Civil Veterinary Dept. North-West Frontier Province 1933-46 - 1933-1946
Year: 1933
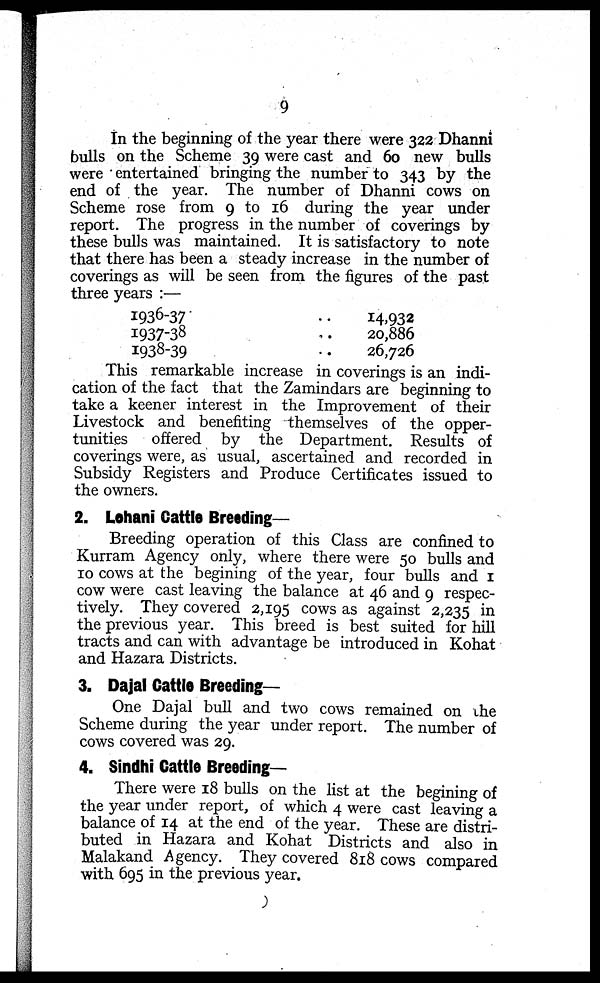
9
In the beginning of the year there were 322 Dhanni
bulls on the Scheme 39 were cast and 60 new bulls
were entertained bringing the number to 343 by the
end of the year. The number of Dhanni cows on
Scheme rose from 9 to 16 during the year under
report. The progress in the number of coverings by
these bulls was maintained. It is satisfactory to note
that there has been a steady increase in the number of
coverings as will be seen from the figures of the past
three years :—
1936-37
1937-38
1938-39
.. 14,932
.. 20,886
.. 26,726
This remarkable increase in coverings is an indi-
cation of the fact that the Zamindars are beginning to
take a keener interest in the Improvement of their
Livestock and benefiting themselves of the opper-
tunities offered by the Department. Results of
coverings were, as usual, ascertained and recorded in
Subsidy Registers and Produce Certificates issued to
the owners.
2. Lohani Cattle Breeding-
Breeding operation of this Class are confined to
Kurram Agency only, where there were 50 bulls and
10 cows at the begining of the year, four bulls and 1
cow were cast leaving the balance at 46 and 9 respec-
tively. They covered 2,195 cows as against 2,235 in
the previous year. This breed is best suited for hill
tracts and can with advantage be introduced in Kohat
and Hazara Districts.
3. Dajal Cattle Breeding-
One Dajal bull and two cows remained on the
Scheme during the year under report. The number of
cows covered was 29.
4. Sindhi Cattle Breeding-
There were 18 bulls on the list at the begining of
the year under report, of which 4 were cast leaving a
balance of 14 at the end of the year. These are distri-
buted in Hazara and Kohat Districts and also in
Malakand Agency. They covered 818 cows compared
with 695 in the previous year.